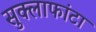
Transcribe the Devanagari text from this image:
सुक्लाफांटा